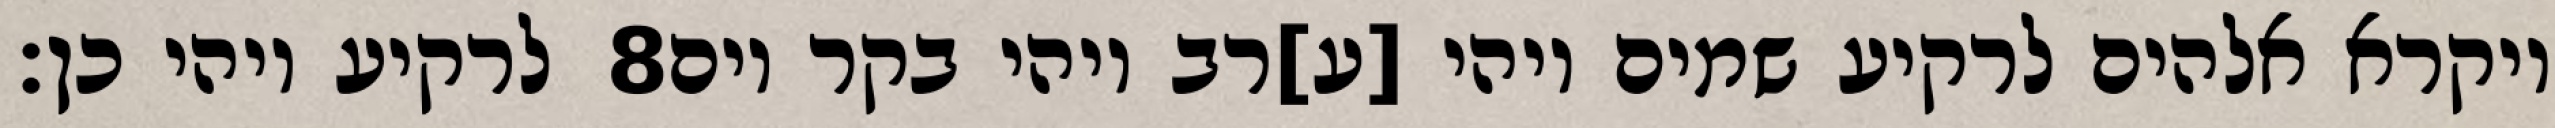
לרקיע ויהי כן׃ ‎8‏ ויקרא אלהים לרקיע שמים ויהי [ע]רב ויהי בקר יום